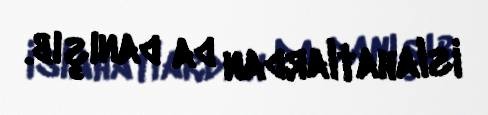
islahatlardan da danışıb.